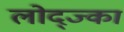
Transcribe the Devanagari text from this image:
लोद्ज्का